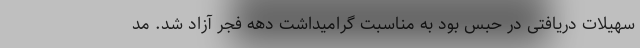
سهیلات دریافتی در حبس بود به مناسبت گرامیداشت دهه فجر آزاد شد. مد